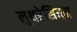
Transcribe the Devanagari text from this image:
लुथरेसियम